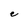
Character: e